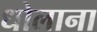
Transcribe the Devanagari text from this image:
धोलाना